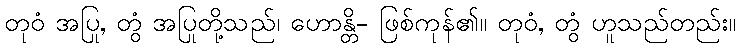
တုဝံ အပြု, တွံ အပြုတို့သည်၊ ဟောန္တိ- ဖြစ်ကုန်၏။ တုဝံ, တွံ ဟူသည်တည်း။